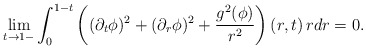
\begin{align*}\lim_{t\to 1-} \int_0^{1-t}\left((\partial_t\phi)^2+(\partial_r\phi)^2+\frac{g^2(\phi)}{r^2}\right)(r,t)\,rdr=0.\end{align*}